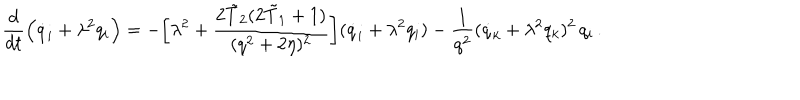
\frac { d } { d t } \Bigl ( \dot { q } _ { i } + \lambda ^ { 2 } q _ { i } \Bigr ) = - \biggl [ \lambda ^ { 2 } + \frac { 2 \tilde { T } _ { 2 } ( 2 \tilde { T } _ { 1 } + 1 ) } { ( q ^ { 2 } + 2 \eta ) ^ { 2 } } \biggr ] ( \dot { q } _ { i } + \lambda ^ { 2 } q _ { i } ) - \frac { 1 } { q ^ { 2 } } ( \dot { q } _ { k } + \lambda ^ { 2 } q _ { k } ) ^ { 2 } \, q _ { i } \, .